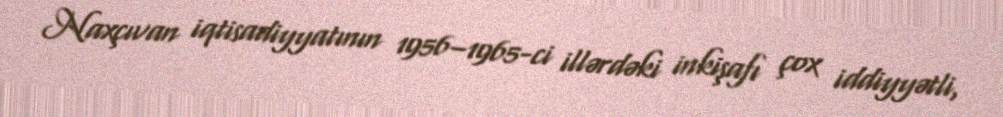
Naxçıvan iqtisadiyyatının 1956–1965-ci illərdəki inkişafı çox iddiyyətli,